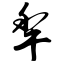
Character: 犁